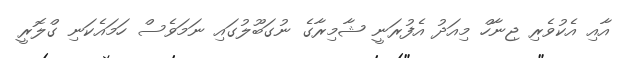
އާއި އެކުވެރި ޖިނާހް މިއަދު އެފުރަނީ ޝާމިރާގެ ނުގަބޫލުގައި ނަމަވެސް ހަމައެކަނި ގްލޮރީ